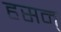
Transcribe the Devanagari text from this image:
हसन्